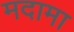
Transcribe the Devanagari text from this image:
मदामा